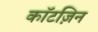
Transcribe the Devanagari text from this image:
कॉटज़िन